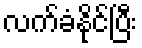
လက်ခံနိုင်ပြီး